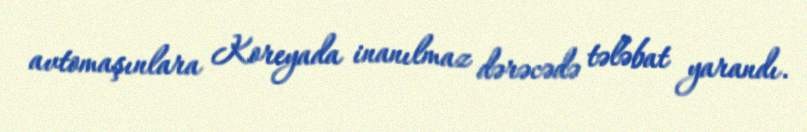
avtomaşınlara Koreyada inanılmaz dərəcədə tələbat yarandı.